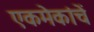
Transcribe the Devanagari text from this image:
एकमेकांचें